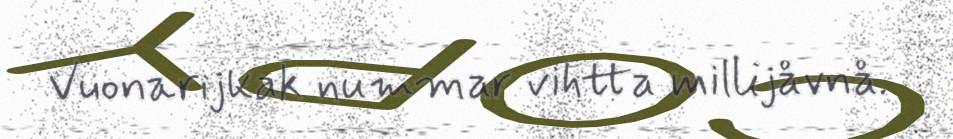
Vuonarijkak nummar vihtta millijåvnå.